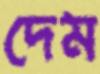
দেম